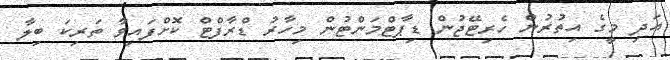
އަދި މީގެ އިތުރުން ހެރިޓޭޖުން ޑިޕާޓްމަންޓުން މިހާރު ޑްރާފްޓް ކޮށްފައިވާ ތަރިކަ ބިލާ